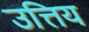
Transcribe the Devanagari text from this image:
उत्तिय